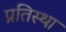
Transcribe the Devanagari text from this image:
प्रतिस्था